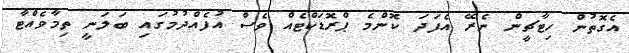
އެގޮތުން ހިޓާޗީން ނެރޭ އެފަދަ ކޮންމެ ޕްރޮޑަކްޓެއް ވެސް އުފެއްދުމުގައި ބަލަނީ ތިމާވެއްޓާ